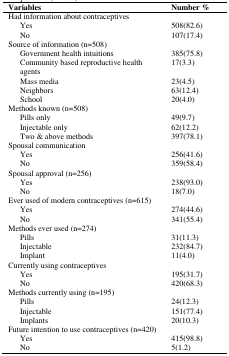
<table><thead><tr><td colspan="2"><b>Variables</b></td><td><b>Number % </b></td></tr></thead><tbody><tr><td colspan="3">Had information about contraceptives</td></tr><tr><td></td><td>Yes</td><td>508(82.6)</td></tr><tr><td></td><td>No</td><td>107(17.4)</td></tr><tr><td colspan="3">Source of information (n=508)</td></tr><tr><td></td><td>Government health intuitions</td><td>385(75.8)</td></tr><tr><td></td><td>Community based reproductive health agents</td><td>17(3.3)</td></tr><tr><td></td><td>Mass media</td><td>23(4.5)</td></tr><tr><td></td><td>Neighbors</td><td>63(12.4)</td></tr><tr><td></td><td>School</td><td>20(4.0)</td></tr><tr><td colspan="3">Methods known (n=508)</td></tr><tr><td></td><td>Pills only</td><td>49(9.7)</td></tr><tr><td></td><td>Injectable only</td><td>62(12.2)</td></tr><tr><td></td><td>Two &amp; above methods</td><td>397(78.1)</td></tr><tr><td colspan="3">Spousal communication</td></tr><tr><td></td><td>Yes</td><td>256(41.6)</td></tr><tr><td></td><td>No</td><td>359(58.4)</td></tr><tr><td colspan="2">Spousal approval (n=256)</td><td></td></tr><tr><td></td><td>Yes</td><td>238(93.0)</td></tr><tr><td></td><td>No</td><td>18(7.0)</td></tr><tr><td colspan="3">Ever used of modern contraceptives (n=615)</td></tr><tr><td></td><td>Yes</td><td>274(44.6)</td></tr><tr><td></td><td>No</td><td>341(55.4)</td></tr><tr><td colspan="3">Methods ever used (n=274)</td></tr><tr><td></td><td>Pills</td><td>31(11.3)</td></tr><tr><td></td><td>Injectable</td><td>232(84.7)</td></tr><tr><td></td><td>Implant</td><td>11(4.0)</td></tr><tr><td colspan="3">Currently using contraceptives</td></tr><tr><td></td><td>Yes</td><td>195(31.7)</td></tr><tr><td></td><td>No</td><td>420(68.3)</td></tr><tr><td colspan="3">Methods currently using (n=195)</td></tr><tr><td></td><td>Pills</td><td>24(12.3)</td></tr><tr><td></td><td>Injectable</td><td>151(77.4)</td></tr><tr><td></td><td>Implants</td><td>20(10.3)</td></tr><tr><td colspan="3">Future intention to use contraceptives (n=420)</td></tr><tr><td></td><td>Yes</td><td>415(98.8)</td></tr><tr><td></td><td>No</td><td>5(1.2)</td></tr></tbody></table>